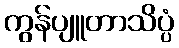
ကွန်ပျူတာသိပ္ပံ